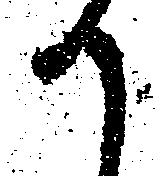
か